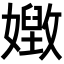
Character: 𡢝